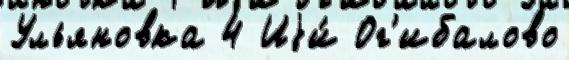
Ульяновка 4 Иjи́ Ог'ибалово